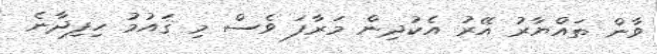
ވާން ތައްޔާރު އޭރު އެކުދިން މަރާފަ ވެސް މި ޤައުމު ހިފިދާނެ